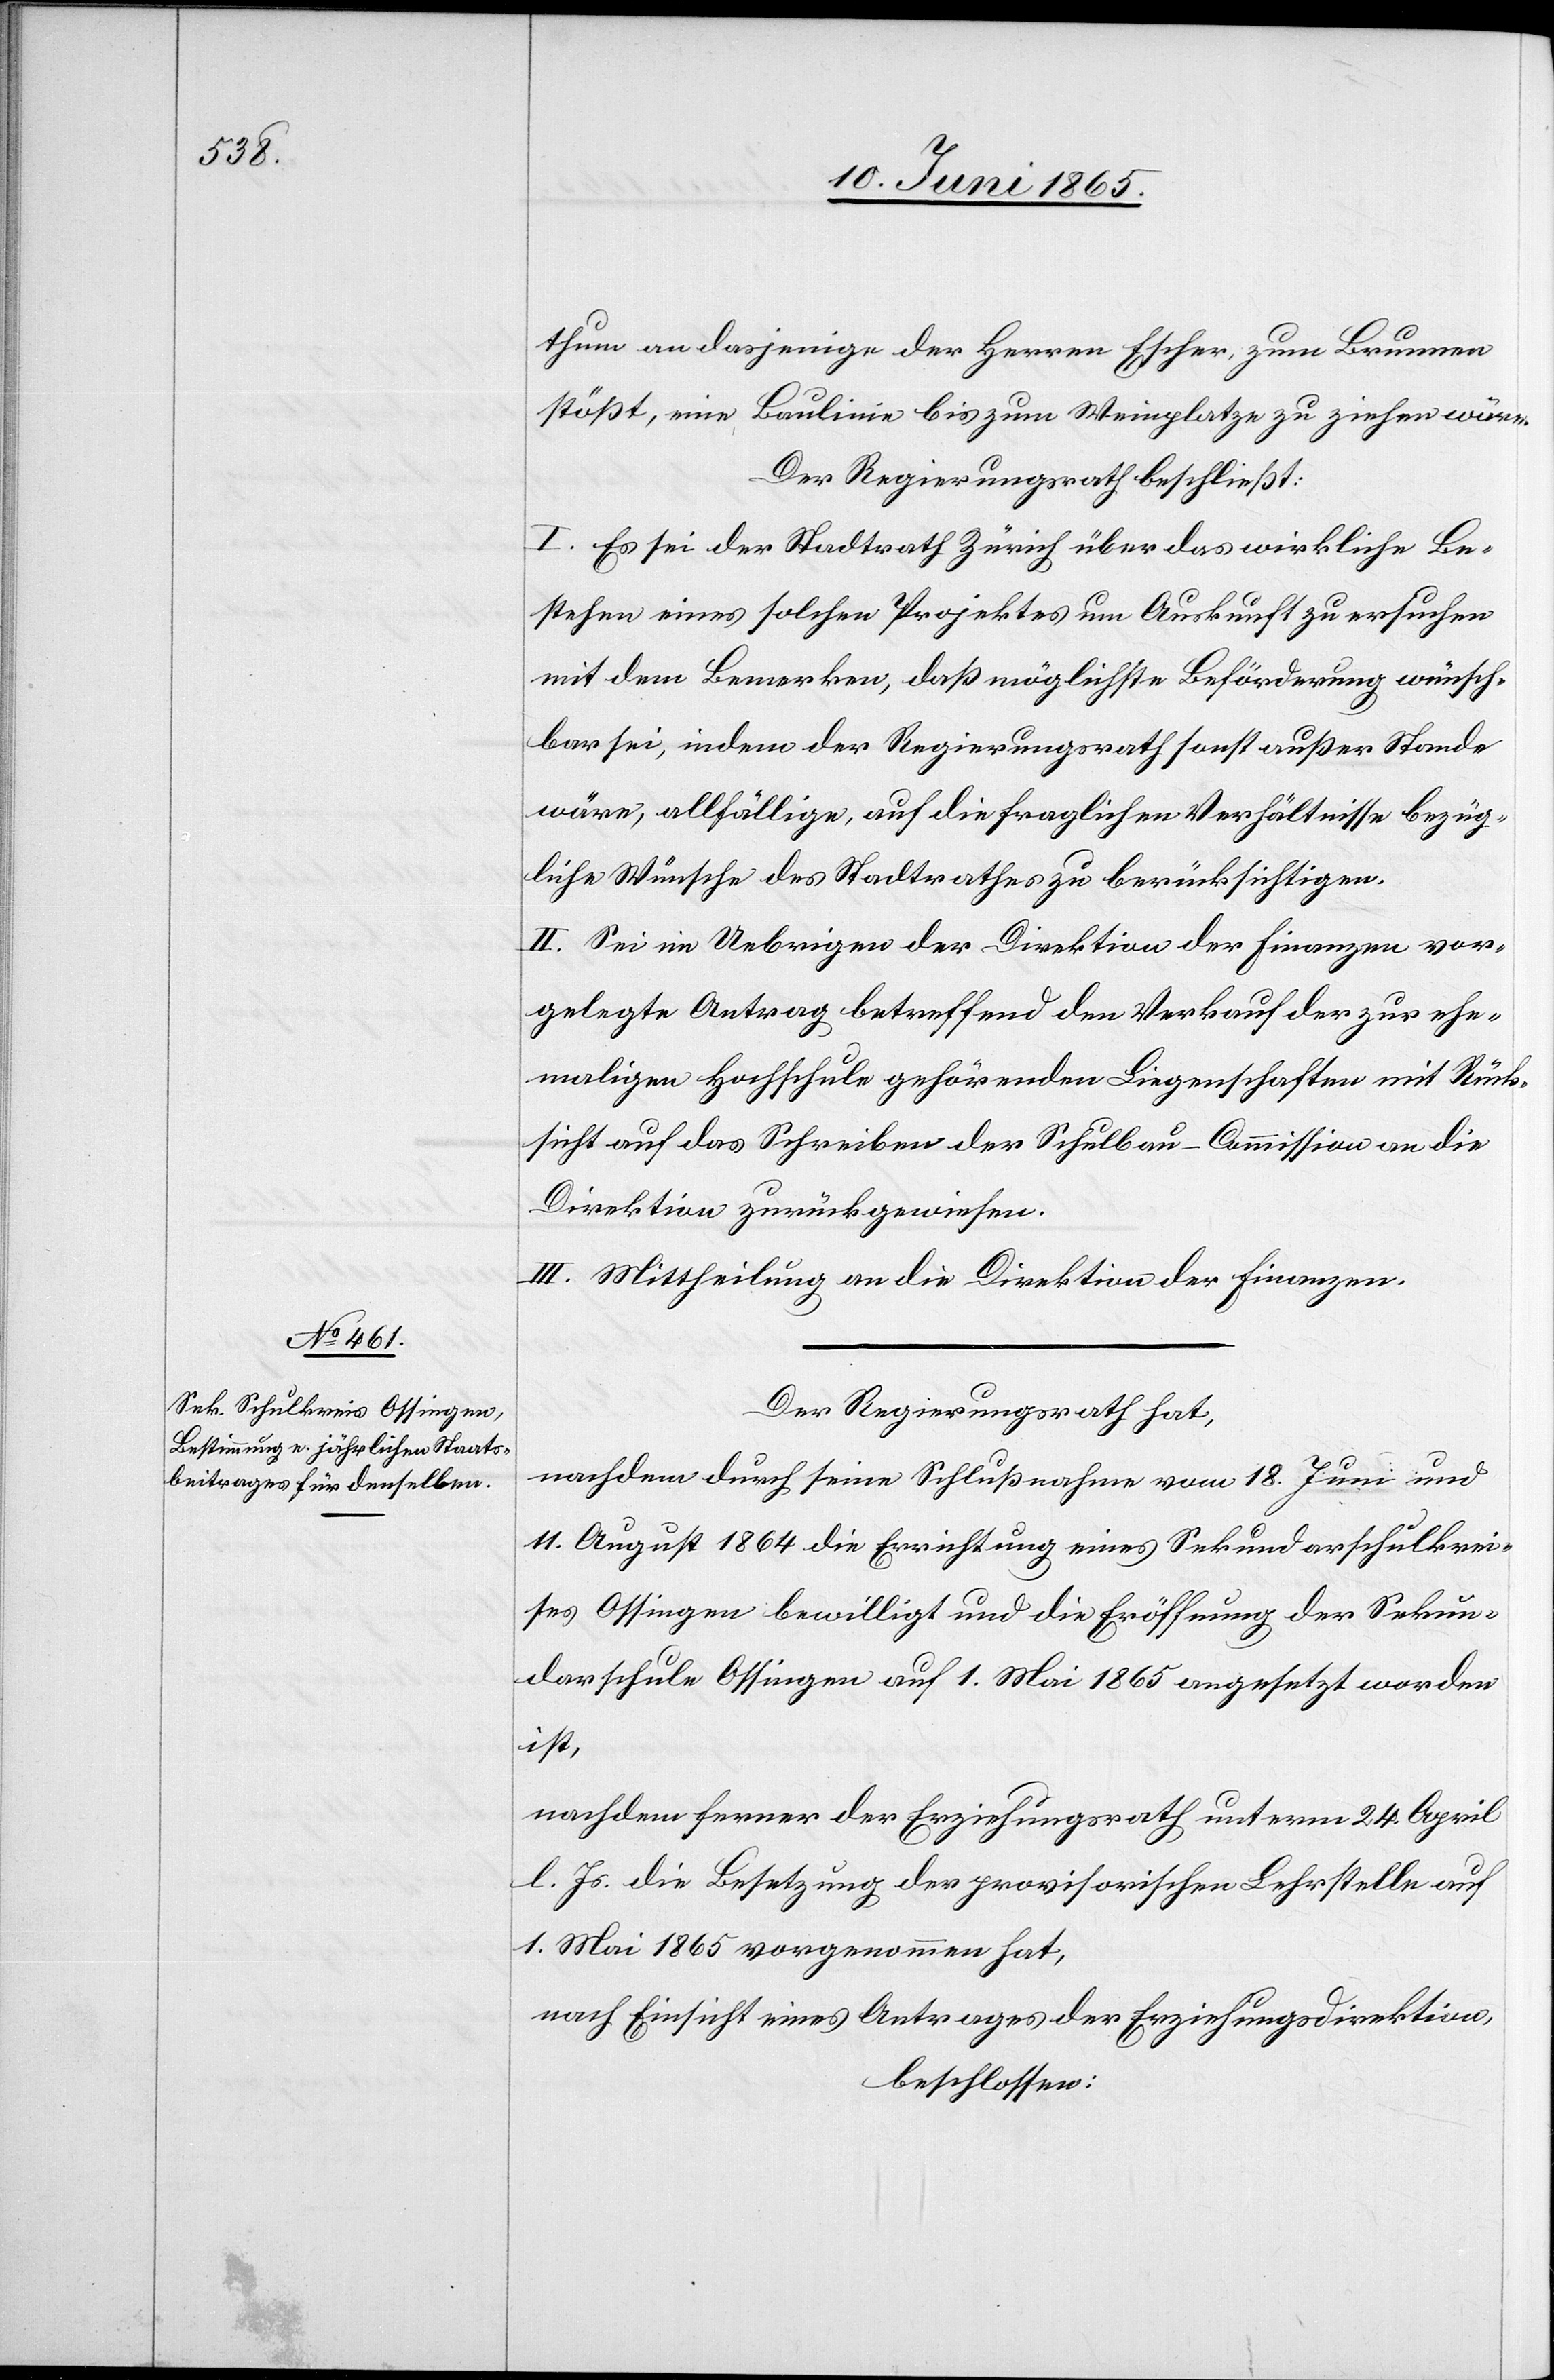
thum an dasjenige der Herren Escher, zum Brunnen
stößt, eine Baulinie bis zum Weinplatze zu ziehen wäre.
Der Regierungsrath beschließt:
I. Es sei der Stadtrath Zürich über das wirkliche Be¬
stehen eines solchen Projektes um Auskunft zu ersuchen
mit dem Bemerken, daß möglichste Beförderung wünsch¬
bar sei, indem der Regierungsrath sonst außer Stande
wäre, allfällige, auf die fraglichen Verhältnisse bezüg¬
liche Wünsche des Stadtrathes zu berücksichtigen.
II. Sei im Uebrigen der [der] Direktion der Finanzen vor¬
gelegte Antrag betreffend dem Verkauf der zur ehe¬
maligen Hochschule gehörenden Liegenschaften mit Rück¬
sicht auf das Schreiben der Schulbau-Commission an die
Direktion zurückgewiesen.
III. Mittheilung an die Direktion der Finanzen.
Der Regierungsrath hat,
nachdem durch seine Schlußnahme vom 18. Juni und
11. August 1864 die Errichtung eines Sekundarschulkrei¬
ses Ossingen bewilligt und die Eröffnung der Sekun¬
darschule Ossingen auf 1. Mai 1865 angesetzt worden
ist,
nachdem ferner der Erziehungsrath unterm 24. April
l. Js. die Besetzung der provisorischen Lehrstelle auf
1. Mai 1865 vorgenommen hat,
nach Einsicht eines Antrages der Erziehungsdirektion
beschlossen: